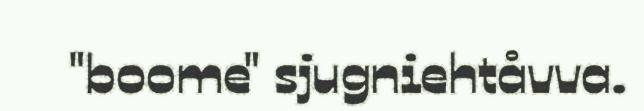
"boome" sjugniehtåvva.